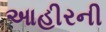
આહીરની